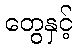
တွေနှင့်